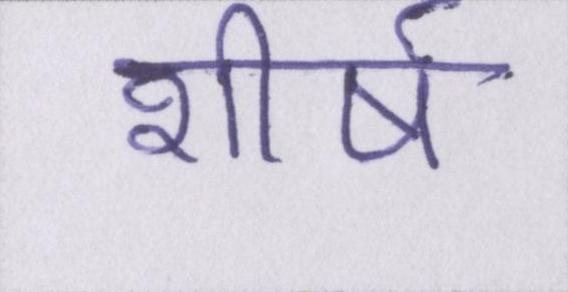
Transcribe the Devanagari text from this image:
शीर्ष